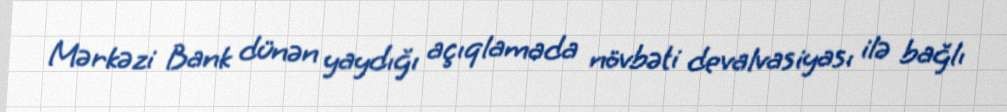
Mərkəzi Bank dünən yaydığı açıqlamada növbəti devalvasiyası ilə bağlı